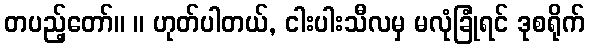
တပည့်တော်။ ။ ဟုတ်ပါတယ်, ငါးပါးသီလမှ မလုံခြုံရင် ဒုစရိုက်